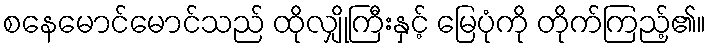
စနေမောင်မောင်သည် ထိုလျှိုကြီးနှင့် မြေပုံကို တိုက်ကြည့်၏။